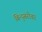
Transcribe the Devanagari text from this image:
बिन्दुसरोवर